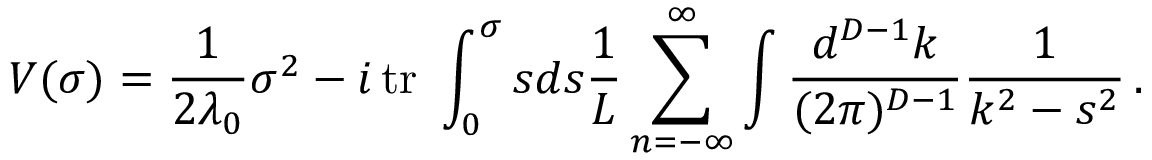
V ( \sigma ) = \frac { 1 } { 2 \lambda _ { 0 } } \sigma ^ { 2 } - i \, \mathrm { t r } \ \displaystyle \int _ { 0 } ^ { \sigma } s d s \frac { 1 } { L } \sum _ { n = - \infty } ^ { \infty } \int \frac { d ^ { D - 1 } k } { ( 2 \pi ) ^ { D - 1 } } \frac { 1 } { k ^ { 2 } - s ^ { 2 } } \, .